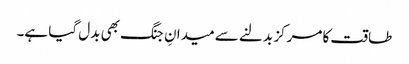
طاقت کا مرکز بدلنے سے میدانِ جنگ بھی بدل گیا ہے۔